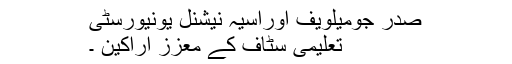
صدر جومیلویف اوراسیہ نیشنل یونیورسٹی
تعلیمی سٹاف کے معزز اراکین ۔